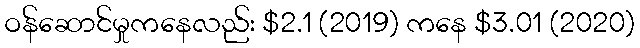
ဝန်ဆောင်မှုကနေလည်း $2.1 (2019) ကနေ $3.01 (2020)